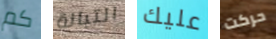
كم التبانة عليك حركت